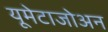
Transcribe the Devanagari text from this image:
यूमेटाजोअन